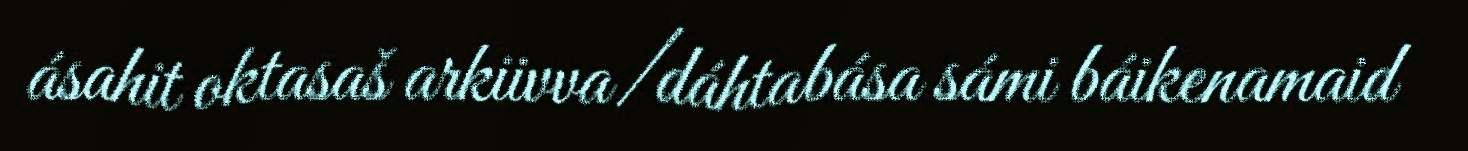
ásahit oktasaš arkiivva/dáhtabása sámi báikenamaid